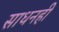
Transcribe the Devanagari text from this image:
साधनही